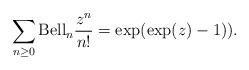
LaTeX: \begin{gather*}\sum_{n \ge 0} {\rm Bell}_n {z^n \over n!}=\exp(\exp(z)-1)).\end{gather*}